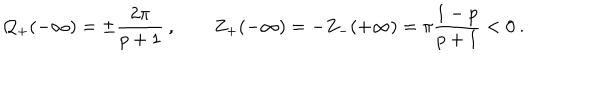
\displaystyle { \cal Q } _ { + } ( - \infty ) = \pm \frac { 2 \pi } { p + 1 } \: , \qquad Z _ { + } ( - \infty ) = - Z _ { - } ( + \infty ) = \pi \frac { 1 - p } { p + 1 } < 0 \: .